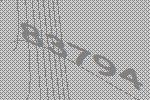
83794